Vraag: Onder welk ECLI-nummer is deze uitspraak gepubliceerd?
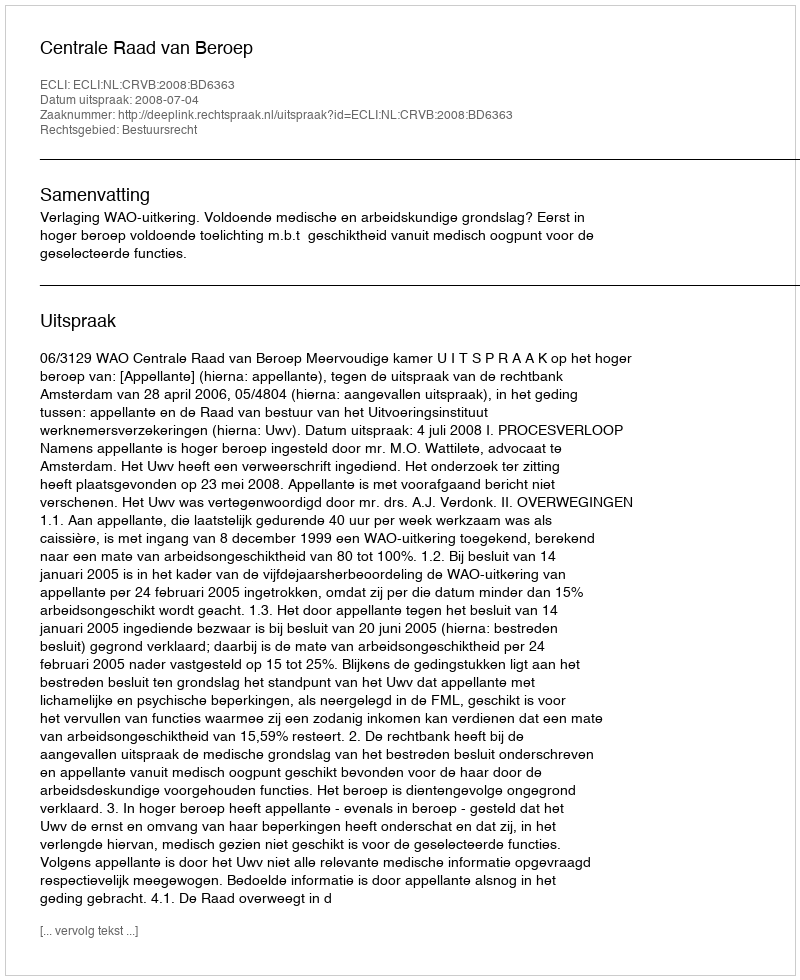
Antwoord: ECLI:NL:CRVB:2008:BD6363